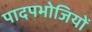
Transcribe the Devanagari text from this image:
पादपभोजियों